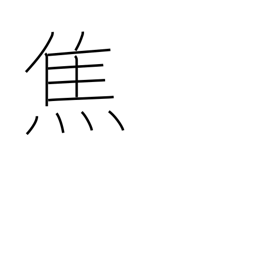
Meaning: burn